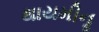
થાયમીનૢ